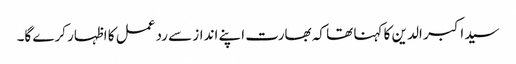
سید اکبر الدین کا کہنا تھا کہ بھارت اپنے انداز سے رد عمل کا اظہار کرے گا۔